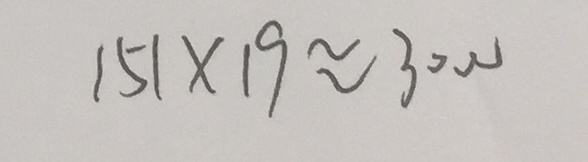
1 5 1 \times 1 9 \approx 3 0 0 0